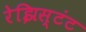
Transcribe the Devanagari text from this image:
रेझिस्टंट